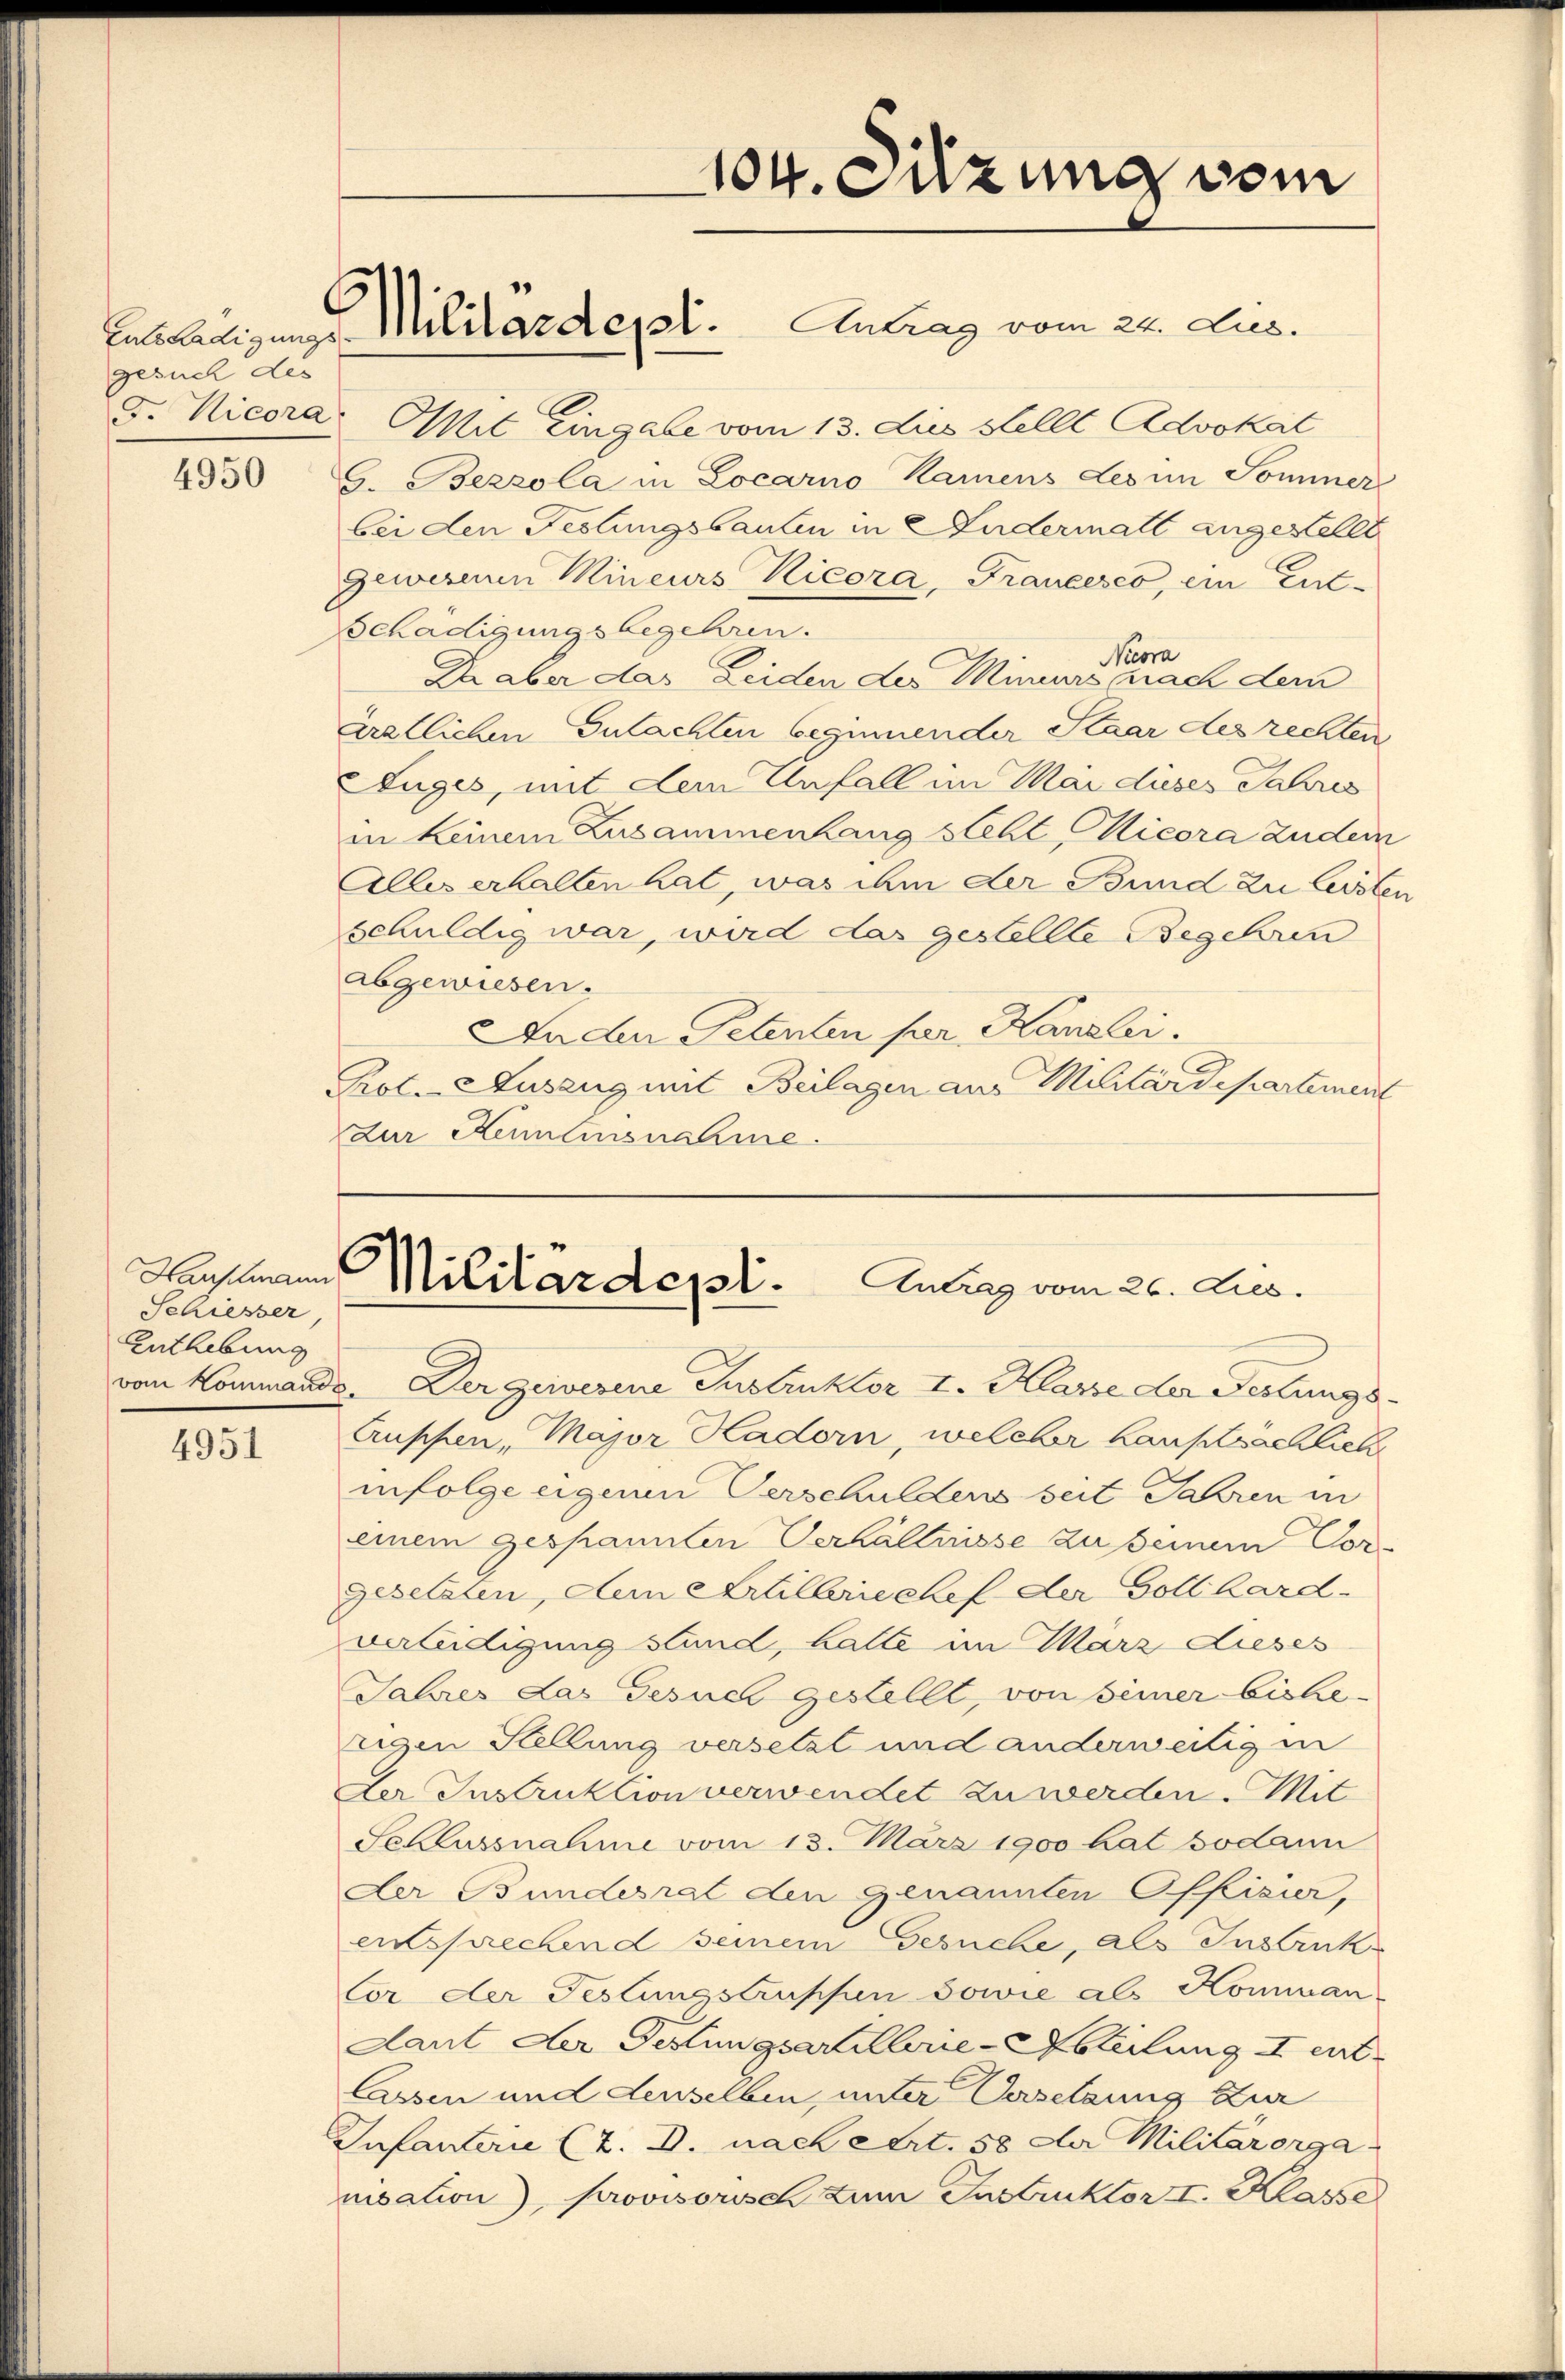
gesuch des

4950

4951

Harschmann
Schiesser,
Enthebung

d. Nicora: Mit Eingabe vom 13. Jus Stellt Advokat
C. Bezzola in Locarno Kamens Les in Sommer
bei den Festungsbauten in Fudermatt angestellt
Geweren Mineurs Ricora, Francesco, ein Ent-
Schädigungsbegehren.
Nicora
Daber das Leiden der Miniers nach dem
Aratlichen Gutachten beginnender Staar des rechten
Suges, mit dem Unfall im Mai dieses Jahres
in keinem Zusammenhang steht Nicora Zudem
Alles erhalten hat, was ihm der Bund zu leisten
schuldig war, wird das gestellte Begehren
abgewiesen.
Da den Petenten per Kanzlei.
Prot. - Auszug mit Beilagen an Militärdepartement
dur Kenntensnahme.

Entstaltigung Militardeyl. Antrag vom 22. Jus.

104. Sitzung vom

Militärdepl. Antrag vom 26. Lus.

vom Kommando. Der gewesene Instruktor I. Klasse der Festungs¬
Auschen, Major Hadorn, welcher Hausächliche
infolge eigenen Verschuldens seit Jahren in
einem gespannten Verhältnisse zu seinem Vor-
gesetzten, dem Artilbriechef der Gollhard-
verleidigung stund, halte im März dieses
Jahres das Gesuch gestellt, von seiner bisherigen Stellung versetzt und anderweitigen
Der Instruktion verwendet zu werden. Mit
Schlussnahme vom 13. März 1900 hat sodann
Der Bundesrat den genannten Officier,
ersprechend seinem Gesuche, als Instruk
Cor der Festungstruppen sowie als Komman
Laut der Festungsartillerie-Abteilung II ent
lassen und denselben, unter Versetzung zur
Infanterie (z. B. nach ert. 58 der Militärorga
misation), provisorisch zum Instruktor I. Klasse